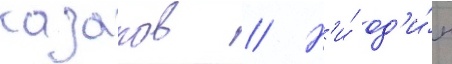
казаков // Н'и́ од'и́н